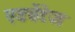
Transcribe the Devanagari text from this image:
एडवेंटेज